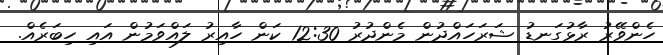
ހެންވޭރު ރާޅުގަނޑު ޝަރަހައްދުން މެންދުރު 12:30 ކަން ހާއިރު ލައްވަމުން އައި ހިބަރެއް.